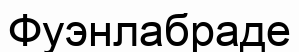
Фуэнлабраде